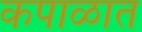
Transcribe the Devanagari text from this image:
कपाळात